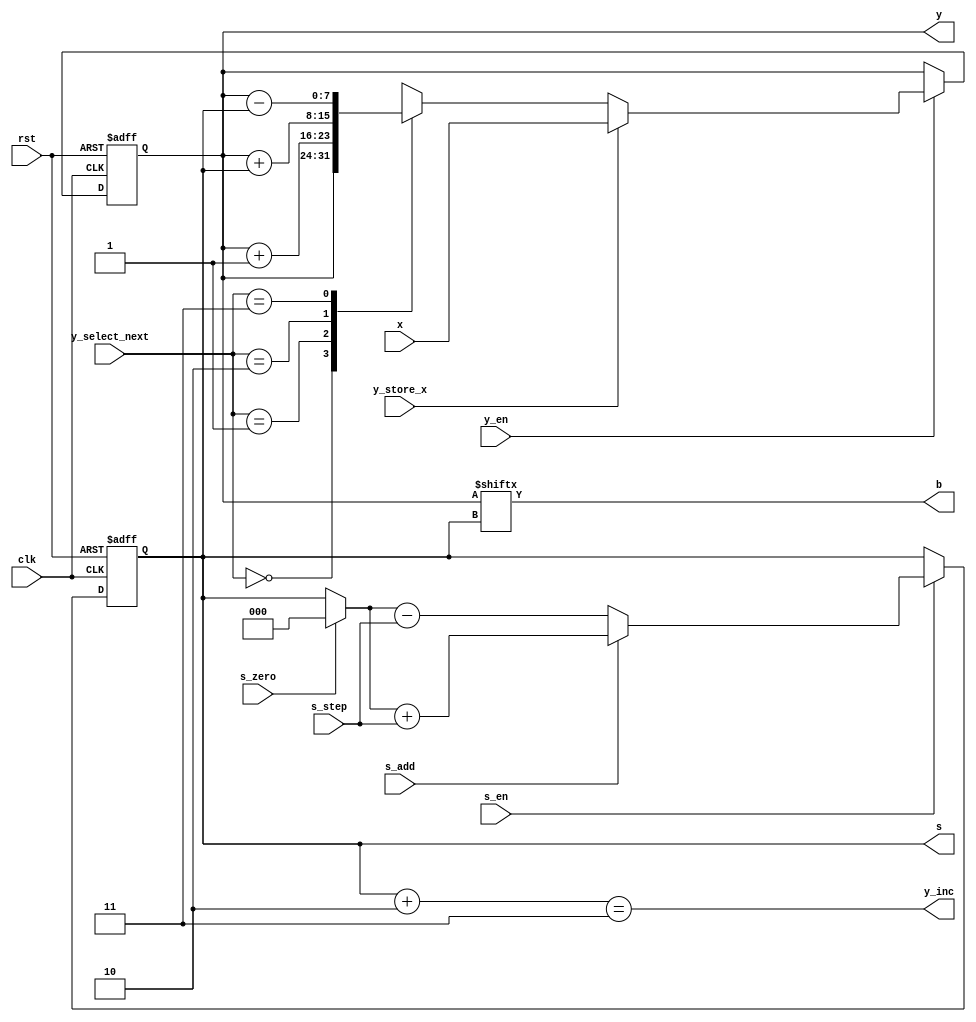
//           .   .
//           .
//         .   .
module data_path(x, y, s, b, y_select_next, s_step, y_en, s_en, y_store_x, s_add, s_zero, clk, rst, 
      y_inc         /* , ... (    */);
  input [7:0] x;
  input [1:0] y_select_next, s_step;
  input clk, rst, y_en, s_en, y_store_x, s_add, s_zero;
  output reg [7:0] y;
  output reg [2:0] s;
  output b, y_inc;
  
  /*         */
  
  wire [7:0] y_in;
  reg [7:0] y_next;
  wire [2:0] s_in, s_base;
  
  //   y
  always @(posedge clk, posedge rst)
    if(rst) y <= 0;
    else
      if(y_en) y <= y_in;
  
  //   s
  always @(posedge clk, posedge rst)
    if(rst) s <= 0;
    else
      if(s_en) s <= s_in;
  
  //   b
  assign b = y[s];
  
  //      y
  assign y_in = y_store_x ? x : y_next;
  
  //      y
  always @*
  begin
    y_next = 1'bx;
    case(y_select_next)
    2'd0 : y_next = y;
    2'd1 : y_next = y + 1;
    2'd2 : y_next = y + s;
    2'd3 : y_next = y - s;
    endcase
  end
  
  //    s
  assign s_in = s_add ? s_base + s_step : s_base - s_step;
  
  // ,       s
  assign s_base = s_zero ? 0 : s;
  
  /*        */
  assign y_inc = (s + 2 == 3);

endmodule